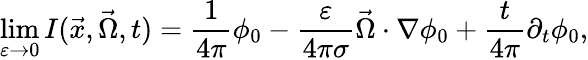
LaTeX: \operatorname*{lim}_{\varepsilon\to 0}I(\vec{x},\vec{\Omega},t)=\frac{1}{4\pi}\phi_{0}-\frac{\varepsilon}{4\pi\sigma}\vec{\Omega}\cdot\nabla\phi_{0}+\frac{t}{4\pi}\partial_{t}\phi_{0},